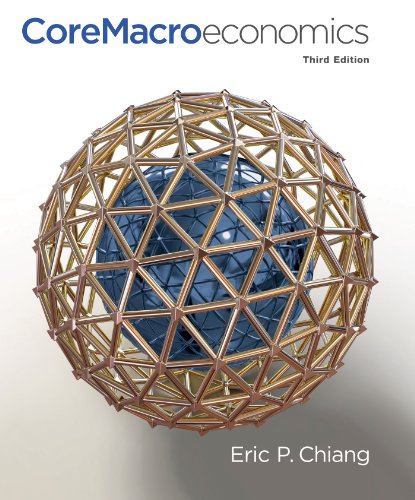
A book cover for CoreMacroeconomics; Eric Chiang; Business & Money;